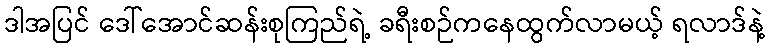
ဒါအပြင် ဒေါ်အောင်ဆန်းစုကြည်ရဲ့ ခရီးစဉ်ကနေထွက်လာမယ့် ရလာဒ်နဲ့